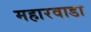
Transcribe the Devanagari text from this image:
महारवाडा